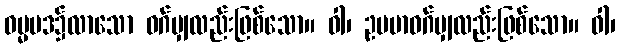
ဓမ္မပဒ၌လာသော ဝဂ်မျှလည်းဖြစ်သော။ ဝါ၊ ဥပမာဝဂ်မျှလည်းဖြစ်သော။ ဝါ၊